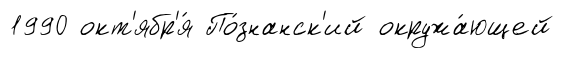
1990 окт'ябр'я́ По́знанск'ий окружа́ющей